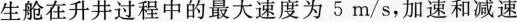
生舱在升井过程中的最大速度为5m/s，加速和减速